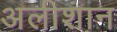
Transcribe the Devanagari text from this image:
अलीशान